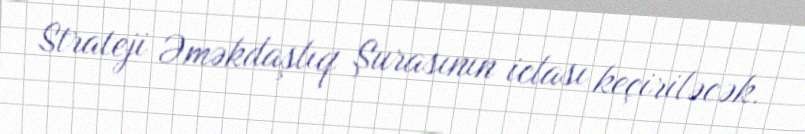
Strateji Əməkdaşlıq Şurasının iclası keçiriləcək.